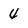
Character: 4